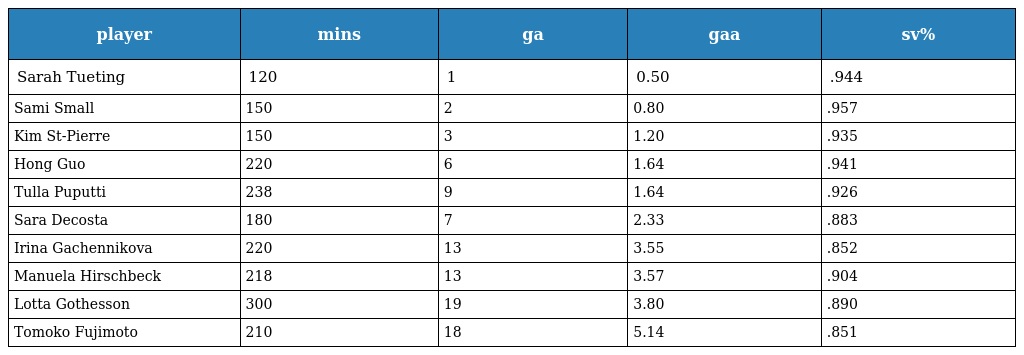
| player | mins | ga | gaa | sv% |
 | --- | --- | --- | --- | --- |
 | Sarah Tueting | 120 | 1 | 0.50 | .944 |
 | Sami Small | 150 | 2 | 0.80 | .957 |
 | Kim St-Pierre | 150 | 3 | 1.20 | .935 |
 | Hong Guo | 220 | 6 | 1.64 | .941 |
 | Tulla Puputti | 238 | 9 | 1.64 | .926 |
 | Sara Decosta | 180 | 7 | 2.33 | .883 |
 | Irina Gachennikova | 220 | 13 | 3.55 | .852 |
 | Manuela Hirschbeck | 218 | 13 | 3.57 | .904 |
 | Lotta Gothesson | 300 | 19 | 3.80 | .890 |
 | Tomoko Fujimoto | 210 | 18 | 5.14 | .851 |